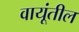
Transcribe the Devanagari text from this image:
वायूंतील